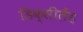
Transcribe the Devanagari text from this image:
डिक्सीलैंड